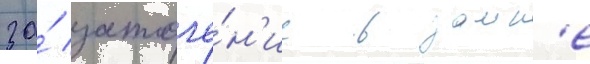
за́ заточе́н'ие в замк'е